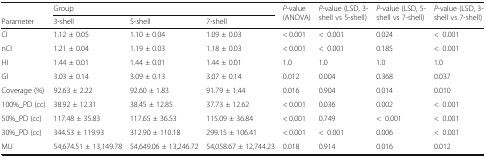
<table><thead><tr><td></td><td colspan="3"><b>Group</b></td><td rowspan="2"><b><i>P</i>-value (ANOVA)</b></td><td rowspan="2"><b><i>P</i>-value (LSD, 3-shell vs 5-shell)</b></td><td rowspan="2"><b><i>P</i>-value (LSD, 5-shell vs 7-shell)</b></td><td rowspan="2"><b><i>P</i>-value (LSD, 3-shell vs 7-shell)</b></td></tr><tr><td><b>Parameter</b></td><td><b>3-shell</b></td><td><b>5-shell</b></td><td><b>7-shell</b></td></tr></thead><tbody><tr><td>CI</td><td>1.12 ± 0.05</td><td>1.10 ± 0.04</td><td>1.09 ± 0.03</td><td>&lt; 0.001</td><td>&lt;0.001</td><td>0.024</td><td>&lt;0.001</td></tr><tr><td>nCI</td><td>1.21 ± 0.04</td><td>1.19 ± 0.03</td><td>1.18 ± 0.03</td><td>&lt; 0.001</td><td>&lt;0.001</td><td>0.185</td><td>&lt;0.001</td></tr><tr><td>HI</td><td>1.44 ± 0.01</td><td>1.44 ± 0.01</td><td>1.44 ± 0.01</td><td>1.0</td><td>1.0</td><td>1.0</td><td>1.0</td></tr><tr><td>GI</td><td>3.03 ± 0.14</td><td>3.09 ± 0.13</td><td>3.07 ± 0.14</td><td>0.012</td><td>0.004</td><td>0.368</td><td>0.037</td></tr><tr><td>Coverage (%)</td><td>92.63 ± 2.22</td><td>92.60 ± 1.83</td><td>91.79 ± 1.44</td><td>0.016</td><td>0.904</td><td>0.014</td><td>0.010</td></tr><tr><td>100%_PD (cc)</td><td>38.92 ± 12.31</td><td>38.45 ± 12.85</td><td>37.73 ± 12.62</td><td>&lt; 0.001</td><td>0.036</td><td>0.002</td><td>&lt;0.001</td></tr><tr><td>50%_PD (cc)</td><td>117.48 ± 35.83</td><td>117.65 ± 36.53</td><td>115.09 ± 36.84</td><td>&lt; 0.001</td><td>0.749</td><td>&lt;0.001</td><td>&lt;0.001</td></tr><tr><td>30%_PD (cc)</td><td>344.53 ± 119.93</td><td>312.90 ± 110.18</td><td>299.15 ± 106.41</td><td>&lt; 0.001</td><td>&lt;0.001</td><td>0.006</td><td>&lt;0.001</td></tr><tr><td>MU</td><td>54,674.51 ± 13,149.78</td><td>54,649.06 ± 13,246.72</td><td>54,058.67 ± 12,744.23</td><td>0.018</td><td>0.914</td><td>0.016</td><td>0.012</td></tr></tbody></table>